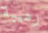
رهيبة